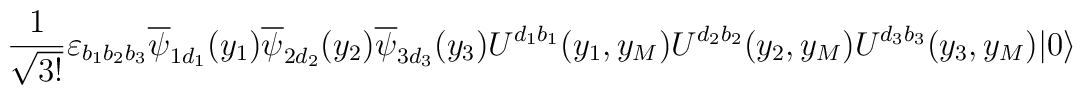
\frac{1}{\sqrt{3!}} \varepsilon_{b_1 b_2 b_3}\overline{\psi}_{1 d_1}(y_1)\overline{\psi}_{2 d_2}(y_2) \overline{\psi}_{3 d_3}(y_3)U^{d_1 b_1}(y_1,y_M)U^{d_2 b_2}(y_2,y_M) U^{d_3 b_3}(y_3,y_M)| 0 \rangle